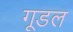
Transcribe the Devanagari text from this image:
गूडल